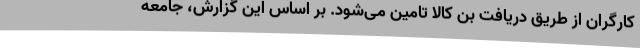
کارگران از طریق دریافت بن کالا تامین می‌شود. بر اساس این گزارش، جامعه